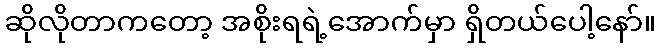
ဆိုလိုတာကတော့ အစိုးရရဲ့အောက်မှာ ရှိတယ်ပေါ့နော်။